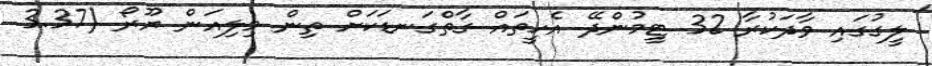
ލީގުގައި ވާދަކުރާ 32 ޓީމުންދޭ އެހީތައް ގާތްގަނޑަކަށް ތިން މިލިއަން ޔޫރޯ (3.37